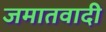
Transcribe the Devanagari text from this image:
जमातवादी